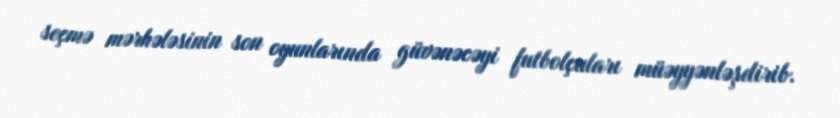
seçmə mərhələsinin son oyunlarında güvənəcəyi futbolçuları müəyyənləşdirib.